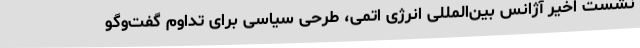
نشست اخیر آژانس بین‌المللی انرژی اتمی، طرحی سیاسی برای تداوم گفت‌وگو